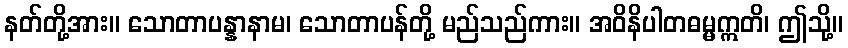
နတ်တို့အား။ သောတာပန္နာနာမ၊ သောတာပန်တို့ မည်သည်ကား။ အဝိနိပါတဓမ္မဣတိ၊ ဤသို့။